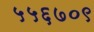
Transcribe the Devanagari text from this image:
५५६७०९